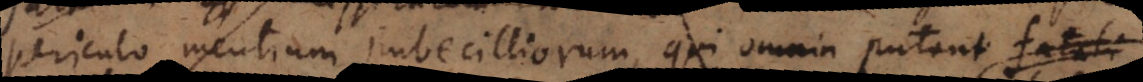
periculo mentium imbecilliorum, qui omnia putant fatali